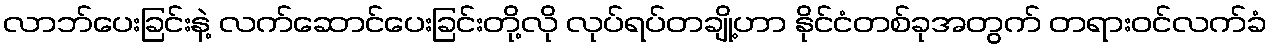
လာဘ်ပေးခြင်းနဲ့ လက်ဆောင်ပေးခြင်းတို့လို လုပ်ရပ်တချို့ဟာ နိုင်ငံတစ်ခုအတွက် တရားဝင်လက်ခံ